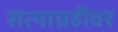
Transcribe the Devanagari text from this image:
सत्याग्रहींवर